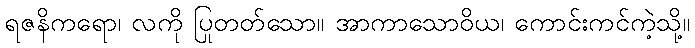
ရဇနိကရော၊ လကို ပြုတတ်သော။ အာကာသောဝိယ၊ ကောင်းကင်ကဲ့သို့။